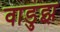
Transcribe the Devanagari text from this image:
वाडुझ